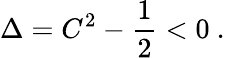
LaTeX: \Delta=C^{2}-{\frac{1}{2}}<0\ .